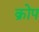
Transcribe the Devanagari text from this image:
क्रोप